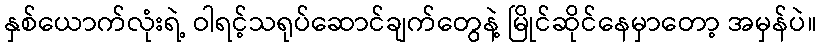
နှစ်ယောက်လုံးရဲ့ ဝါရင့်သရုပ်ဆောင်ချက်တွေနဲ့ မြိုင်ဆိုင်နေမှာတော့ အမှန်ပဲ။